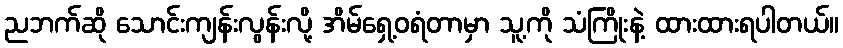
ညဘက်ဆို သောင်းကျန်းလွန်းလို့ အိမ်ရှေ့ဝရံတာမှာ သူ့ကို သံကြိုးနဲ့ ထားထားရပါတယ်။